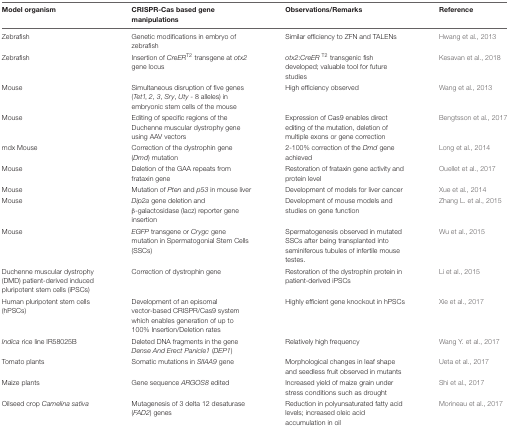
<table><thead><tr><td><b>Model organism</b></td><td><b>CRISPR-Cas based gene manipulations</b></td><td><b>Observations/Remarks</b></td><td><b>Reference</b></td></tr></thead><tbody><tr><td>Zebrafish</td><td>Genetic modifications in embryo of zebrafish</td><td>Similar efficiency to ZFN and TALENs</td><td>Hwang et al., 2013</td></tr><tr><td>Zebrafish</td><td>Insertion of <i>CreER<sup>T2</sup></i> transgene at <i>otx2</i> gene locus</td><td><i>otx2</i>:<i>CreER <sup>T2</sup></i> transgenic fish developed; valuable tool for future studies</td><td>Kesavan et al., 2018</td></tr><tr><td>Mouse</td><td>Simultaneous disruption of five genes (<i>Tet1, 2, 3, Sry, Uty -</i> 8 alleles) in embryonic stem cells of the mouse</td><td>High efficiency observed</td><td>Wang et al., 2013</td></tr><tr><td>Mouse</td><td>Editing of specific regions of the Duchenne muscular dystrophy gene using AAV vectors</td><td>Expression of Cas9 enables direct editing of the mutation, deletion of multiple exons or gene correction</td><td>Bengtsson et al., 2017</td></tr><tr><td>mdx Mouse</td><td>Correction of the dystrophin gene (<i>Dmd</i>) mutation</td><td>2-100% correction of the <i>Dmd</i> gene achieved</td><td>Long et al., 2014</td></tr><tr><td>Mouse</td><td>Deletion of the GAA repeats from frataxin gene</td><td>Restoration of frataxin gene activity and protein level</td><td>Ouellet et al., 2017</td></tr><tr><td>Mouse</td><td>Mutation of <i>Pten</i> and <i>p53</i> in mouse liver</td><td>Development of models for liver cancer</td><td>Xue et al., 2014</td></tr><tr><td>Mouse</td><td><i>Dip2a</i> gene deletion and β-galactosidase (lacz) reporter gene insertion</td><td>Development of mouse models and studies on gene function</td><td>Zhang L. et al., 2015</td></tr><tr><td>Mouse</td><td><i>EGFP</i> transgene or <i>Crygc</i> gene mutation in Spermatogonial Stem Cells (SSCs)</td><td>Spermatogenesis observed in mutated SSCs after being transplanted into seminiferous tubules of infertile mouse testes.</td><td>Wu et al., 2015</td></tr><tr><td>Duchenne muscular dystrophy (DMD) patient-derived induced pluripotent stem cells (iPSCs)</td><td>Correction of dystrophin gene</td><td>Restoration of the dystrophin protein in patient-derived iPSCs</td><td>Li et al., 2015</td></tr><tr><td>Human pluripotent stem cells (hPSCs)</td><td>Development of an episomal vector-based CRISPR/Cas9 system which enables generation of up to 100% Insertion/Deletion rates</td><td>Highly efficient gene knockout in hPSCs</td><td>Xie et al., 2017</td></tr><tr><td><i>Indica</i> rice line IR58025B</td><td>Deleted DNA fragments in the gene <i>Dense And Erect Panicle1</i> (<i>DEP1</i>)</td><td>Relatively high frequency</td><td>Wang Y. et al., 2017</td></tr><tr><td>Tomato plants</td><td>Somatic mutations in <i>SlIAA9</i> gene</td><td>Morphological changes in leaf shape and seedless fruit observed in mutants</td><td>Ueta et al., 2017</td></tr><tr><td>Maize plants</td><td>Gene sequence <i>ARGOS8</i> edited</td><td>Increased yield of maize grain under stress conditions such as drought</td><td>Shi et al., 2017</td></tr><tr><td>Oilseed crop <i>Camelina sativa</i></td><td>Mutagenesis of 3 delta 12 desaturase (<i>FAD2</i>) genes</td><td>Reduction in polyunsaturated fatty acid levels; increased oleic acid accumulation in oil</td><td>Morineau et al., 2017</td></tr></tbody></table>